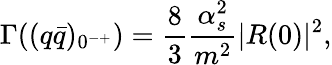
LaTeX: \Gamma((q\bar{q})_{0^{-+}})=\frac 83\frac{\alpha_{s}^{2}}{m^{2}}|R(0)|^{2},